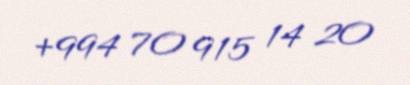
+994 70 915 14 20